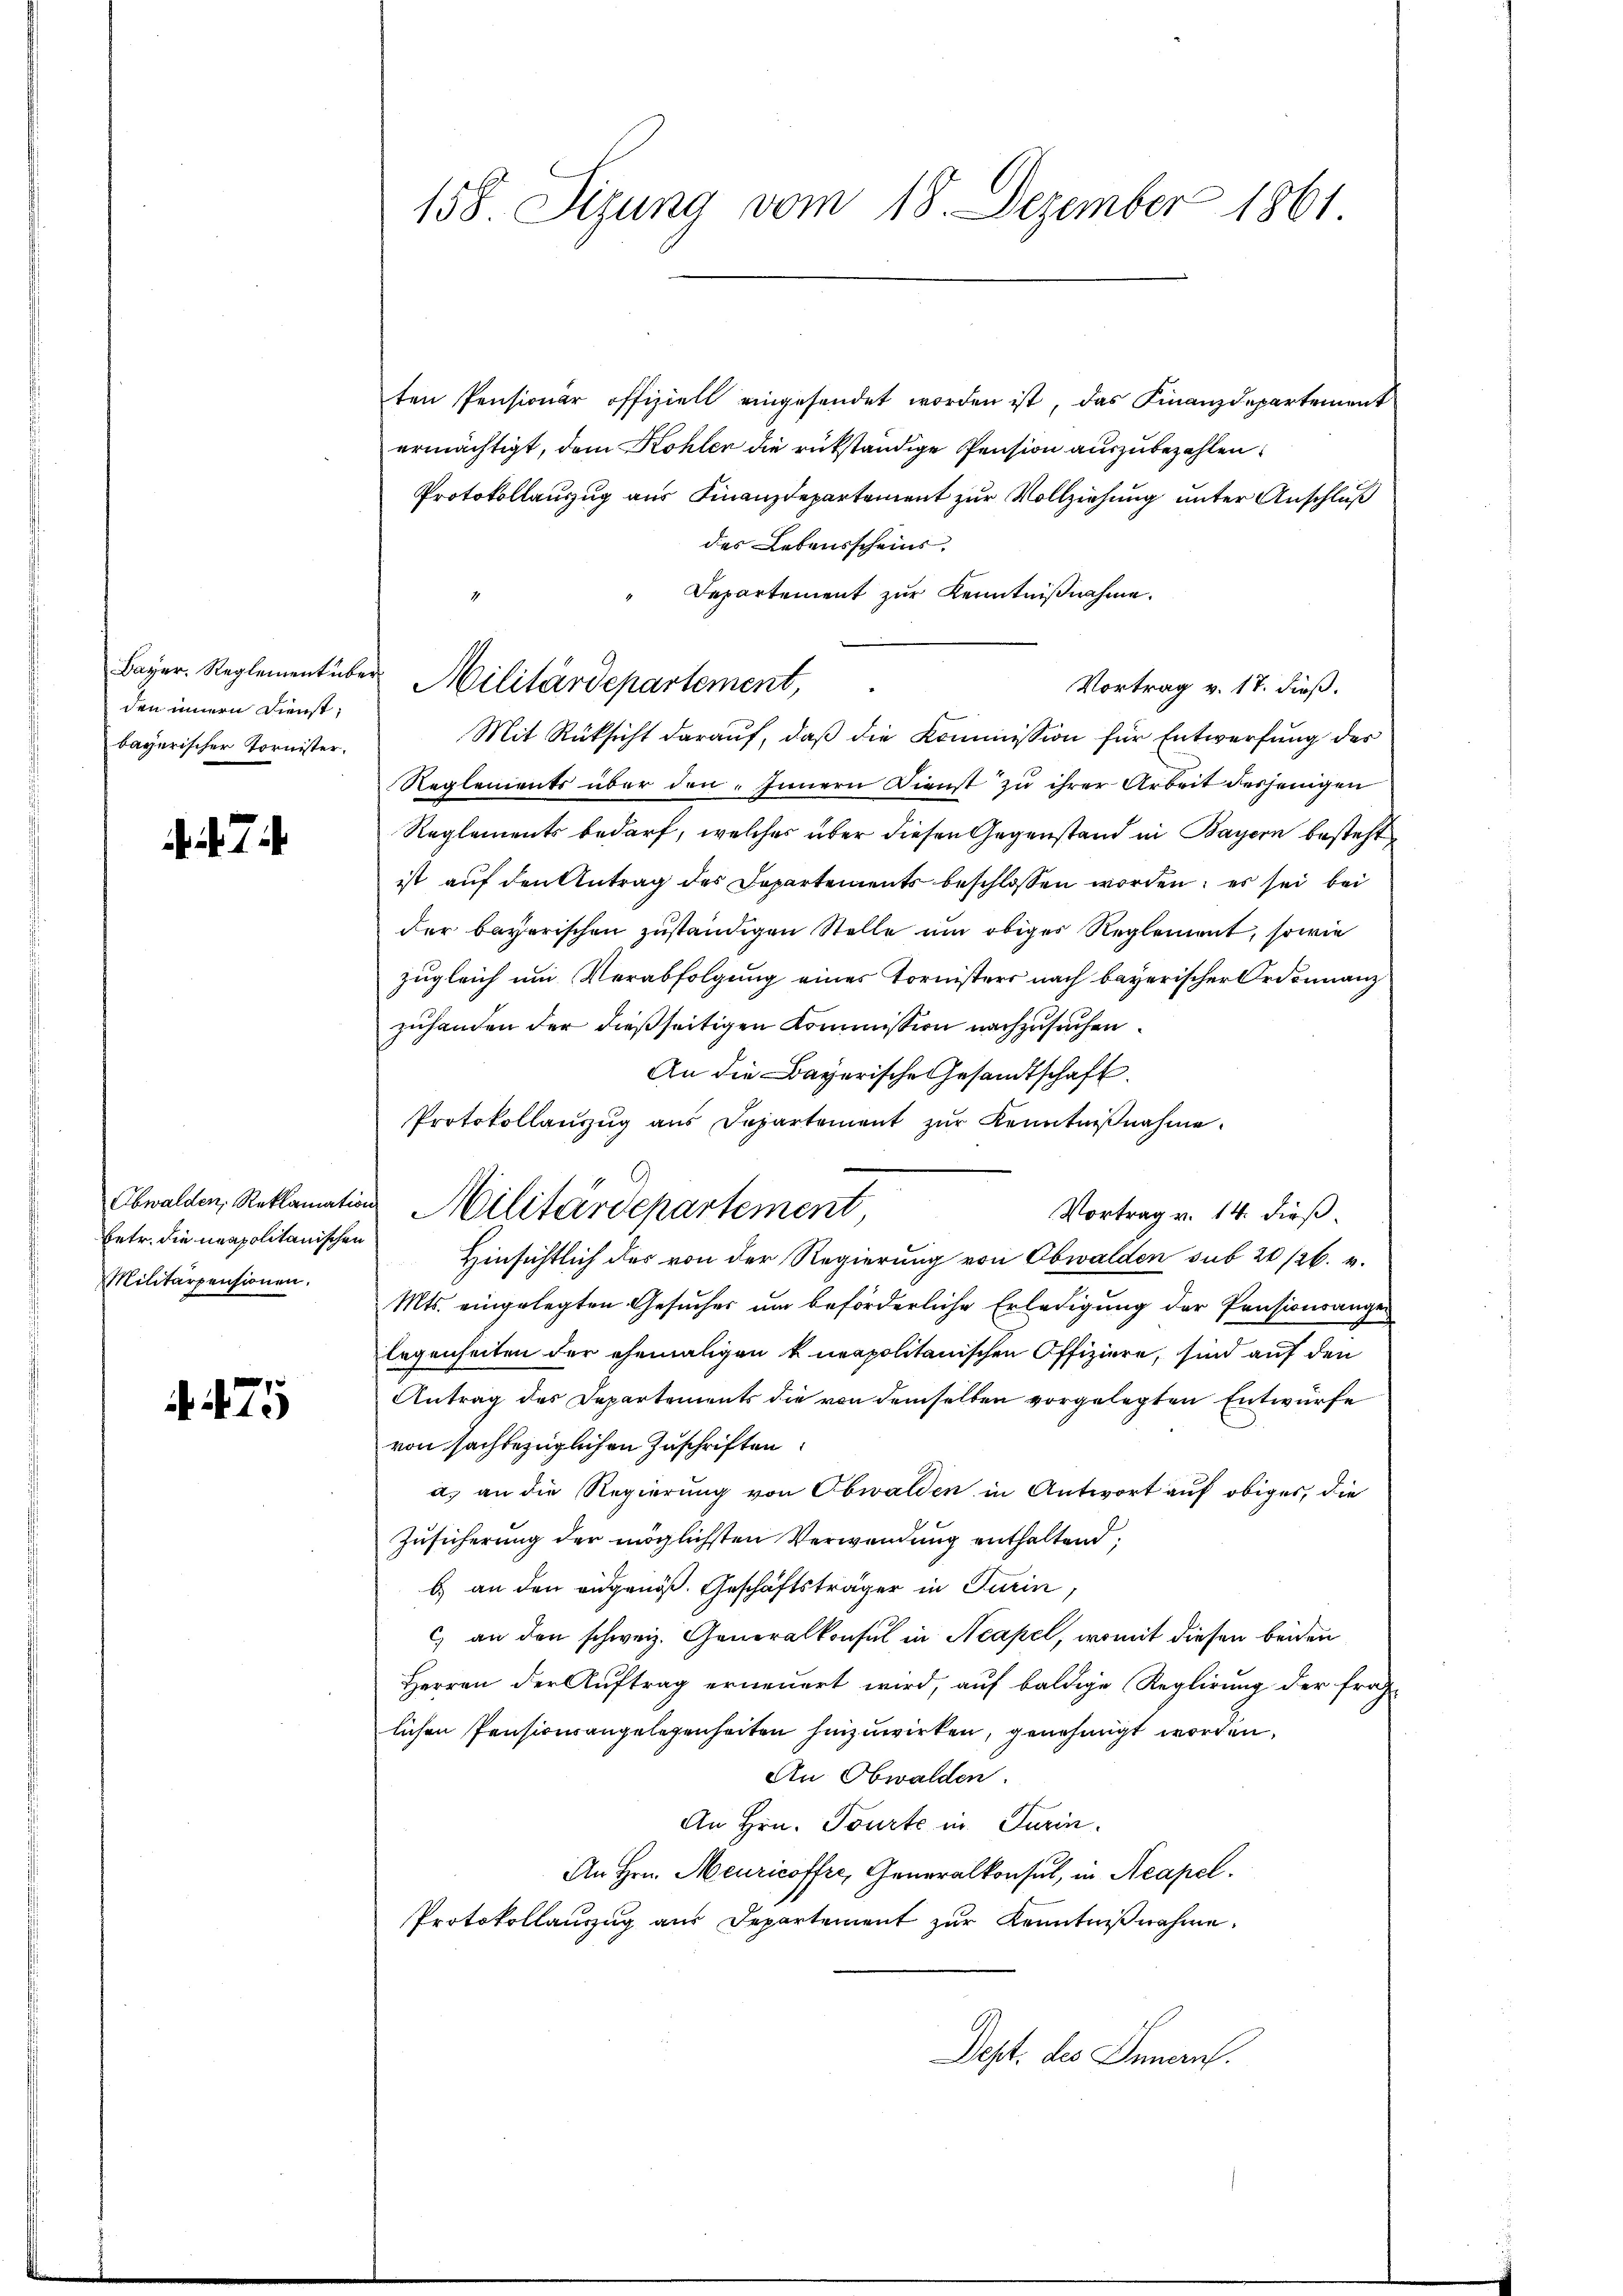
Bayer, Reglement über
den innern Dienst,
bayerischer Tornister.

betr. die neapolitanischen
Militärpensionen.

475

ten Pensionar offiziell eingesendet worden ist, das Finanzdepartement
ermächtigt, dem Kohler die rükständige Pension auszubezahlen.
Protokollauszug aus Finanzdepartement zur Vollziehung unter Anschluß
des Lebensscheins,
Departement zur Kenntnißnahme.
Vortrag v. 17. dieß.
Mit Rücksicht darauf, daß die Kommission für Entwerfung des
Reglements über den Innern Dienst zu ihrer Arbeit desjenigen
Reglements bedarf, welches über diesen Gegenstand in Bayern besteht
ist auf den Antrag des Departements beschlossen worden; es sei bei
der bayerischen zuständigen Stelle um obiger Reglement, sowie
zugleich um Verabfolgung eines Tornisters nach bayerischer Ordonnanz
zuhanden der dießseitigen Kommission nachzusuchen.
An die Bayerische Gesandtschaft.
Protokollanzug aus Departement zŭr Kenntniβnahme.
Vortrag v. 14. dieß
Hinsichtlich der von der Regierung von Obwalden sub 20/26. v.
Mts. eingelegten Gesucher um beförderliche Erledigung der Pensionsange-
legenheiten der ehemaligen kneapolitanischen Offiziere, sind auf den
Antrag des Departements die von demselben vorgelegten Entwürfe
von sachbezüglichen Zuschriften
a) an die Regierung von Obwalden in Antwort auf obiges, die
Zusicherung der möglichsten Verwendung enthaltend
b) an den eidgenöß. Geschäftsträger in Turin
c) an den schweiz. Generalkonsul in Neapel, womit diesen beiden
Herren der Auftrag erneuert wird, auf baldige Reglirung der frag-
lichen Pensionsangelegenheiten hinzuwirken, genehmigt worden.
An Obwalden.
An Hrn. Tourte in Turin.
An Hrn. Meuricoffer, Generalkonsul, in Acapel.
Protokollauszug aus Departement zur Kenntnißnahme.
Dept. des Innern.

158. Sizung vom 18. Dezember 1861

Militärdepartement,

Obwalden, Reklamation Militärdepartement